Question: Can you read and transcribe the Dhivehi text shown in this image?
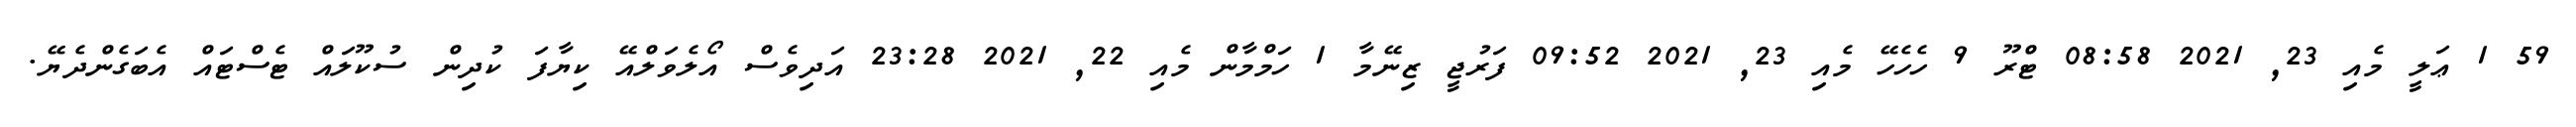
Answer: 59 1 ޢަލީ މެއި 23, 2021 08:58 ޓްރޫ 9 ހެހެހޭ މެއި 23, 2021 09:52 ފަރުޖީ ޒިނޭމާ 1 ހަމްމާން މެއި 22, 2021 23:28 އަދިވެސް އޯލެވަލްއޭ ކިޔާފަ ކުދިން ސުކޫލައް ޓެސްޓައް އެބަގެންދެޔޭ.